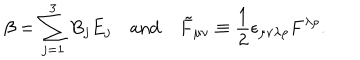
LaTeX: \beta = \sum _ { j = 1 } ^ { 3 } B _ { j } E _ { j } \quad \mathrm { a n d } \quad { \tilde { F } } _ { \mu \nu } \equiv \frac 1 2 \epsilon _ { \mu \nu \lambda \rho } F ^ { \lambda \rho } .